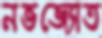
নভজ্যোত